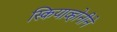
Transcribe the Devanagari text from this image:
स्कियाव्होनीने